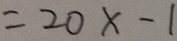
= 2 0 x - 1